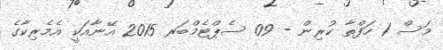
މަސް 1 ހަފްތާ ކުރިން - 09 ސެޕްޓެމްބަރ 2015 އޭނާއަކީ އެމެރިކާގެ